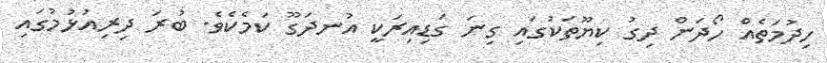
ހިދުމަތެއް ހޯދަން ދިގު ކިޔޫތަކުގައި ގިނަ ގަޑިއިރަކީ އުނދަގޫ ކަމެކެވެ. ބުރަ ދިރިއުޅުމުގައި